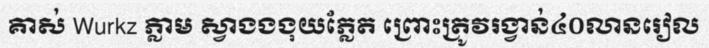
គាស់ Wurkz ភ្លាម ស្វាងងងុយភ្លែត ព្រោះត្រូវរង្វាន់៤០លានរៀល